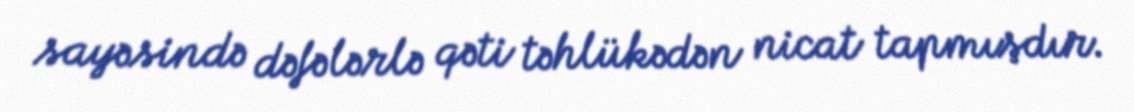
sayəsində dəfələrlə qəti təhlükədən nicat tapmışdır.